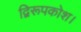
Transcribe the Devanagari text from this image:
द्विरूपकोश।